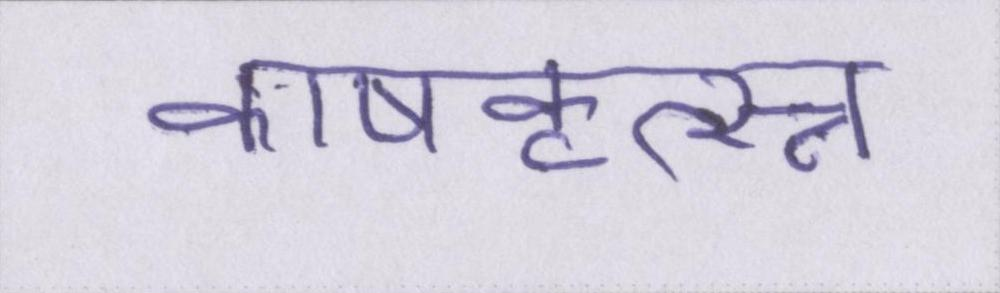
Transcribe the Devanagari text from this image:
काषकृत्स्न